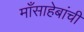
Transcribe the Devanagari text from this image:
माँसाहेबांची